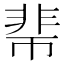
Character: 𩇱